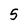
Character: 5